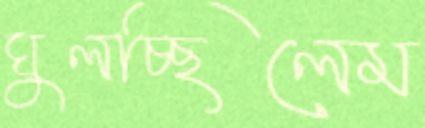
ঘুলচ্ছিলেম